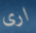
ارى